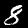
Label: 8